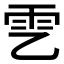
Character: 𩁶